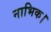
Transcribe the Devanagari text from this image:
नाभिक।